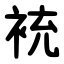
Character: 䘪